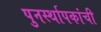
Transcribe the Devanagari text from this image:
पुनर्स्थापकांची